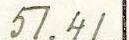
51.41